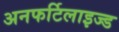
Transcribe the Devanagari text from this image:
अनफर्टिलाइज्ड